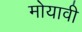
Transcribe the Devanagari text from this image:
मोयावी